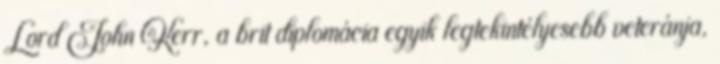
Lord John Kerr, a brit diplomácia egyik legtekintélyesebb veteránja,